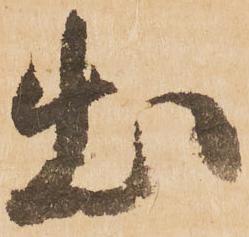
出